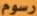
رسوم